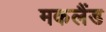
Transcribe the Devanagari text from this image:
मकलैंड